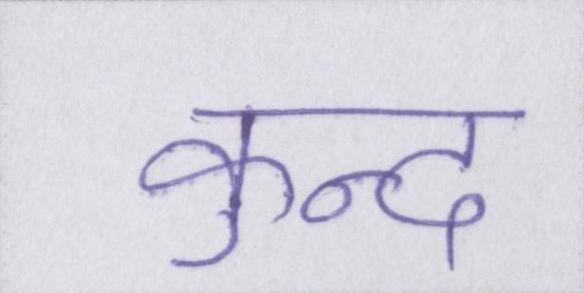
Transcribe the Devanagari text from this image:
कुन्द